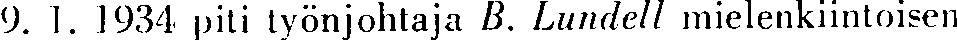
9. 1. 1934 piti työnjohtaja B. Lundell mielenkiintoisen